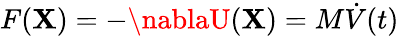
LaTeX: F(\mathbf{X})=-\nablaU(\mathbf{X})=M{\dot{{V}}}(t)